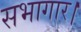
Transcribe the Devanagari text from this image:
सभागार।